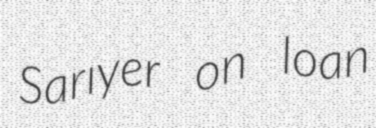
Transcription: Sarıyer on loan